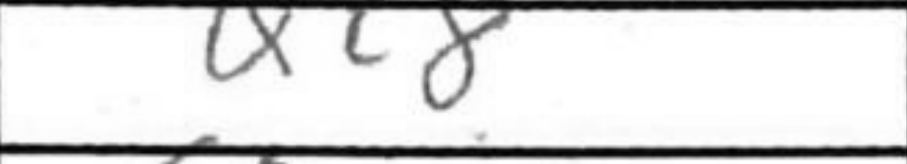
Transcription: Qc8